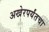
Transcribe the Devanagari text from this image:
अखेरपर्यंतचा